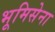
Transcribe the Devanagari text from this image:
भूमिसेना